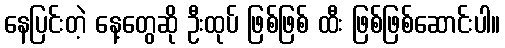
နေပြင်းတဲ့ နေ့တွေဆို ဦးထုပ် ဖြစ်ဖြစ် ထီး ဖြစ်ဖြစ်ဆောင်းပါ။